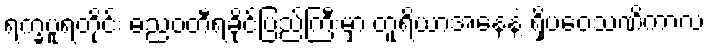
ရက္ခပူရတိုင်း ဓညဝတီရခိုင်ပြည်ကြီးမှာ တူရိယာအနေနဲ့ ရှိပဝေသဏိကာလ